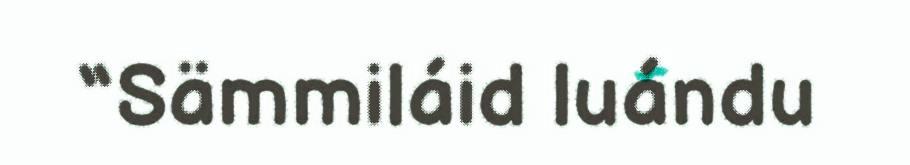
“Sämmiláid luándu